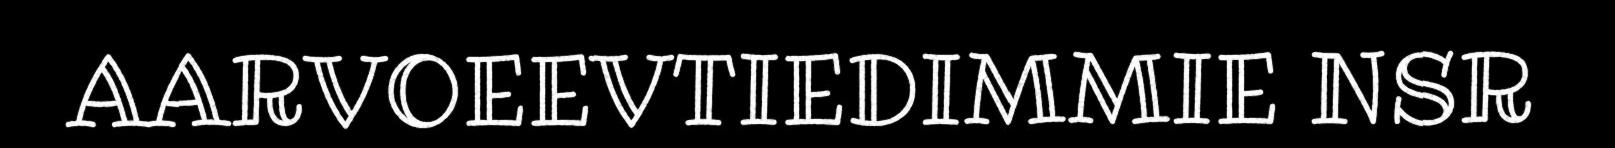
AARVOEEVTIEDIMMIE NSR